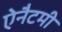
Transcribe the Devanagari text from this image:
ऐनैटमी